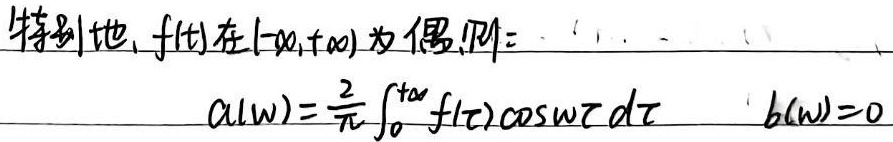
特别地，\(f(t)\)在\((-\infty,+\infty)\)为偶，则：
\[
a(\omega)=\frac{2}{\pi}\int_{0}^{+\infty}f(\tau)\cos\omega\tau \mathrm{d}\tau\quad b(\omega)=0
\]